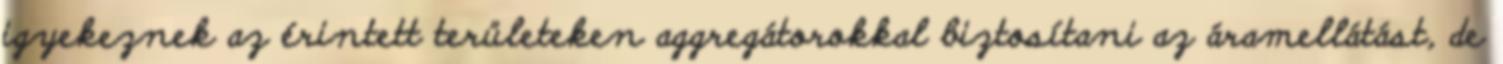
igyekeznek az érintett területeken aggregátorokkal biztosítani az áramellátást, de